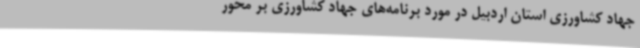
جهاد کشاورزی استان اردبیل در مورد برنامه‌های جهاد کشاورزی بر محور